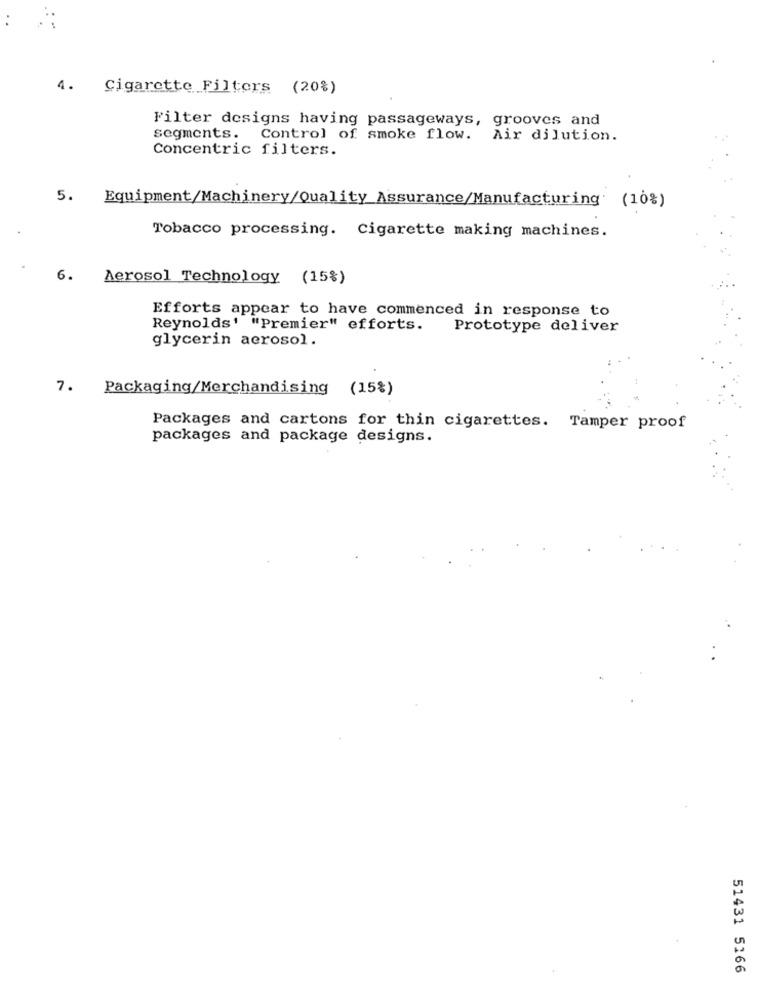
4.
Cigarette Filters (20%)
Filter designs having passageways, grooves and
segments.
Control of smoke flow. Air dilution.
Concentric filters.
5.
Equipment/Machinery/Quality Assurance/Manufacturing (10%)
Tobacco processing. Cigarette making machines.
6.
Aerosol Technology (15%)
Efforts appear to have commenced in response to
Reynolds' "Premier" efforts.
Prototype deliver
glycerin aerosol.
7.
Packaging/Merchandising (15%)
Packages and cartons for thin cigarettes. Tamper proof
packages and package designs.
51431 5166